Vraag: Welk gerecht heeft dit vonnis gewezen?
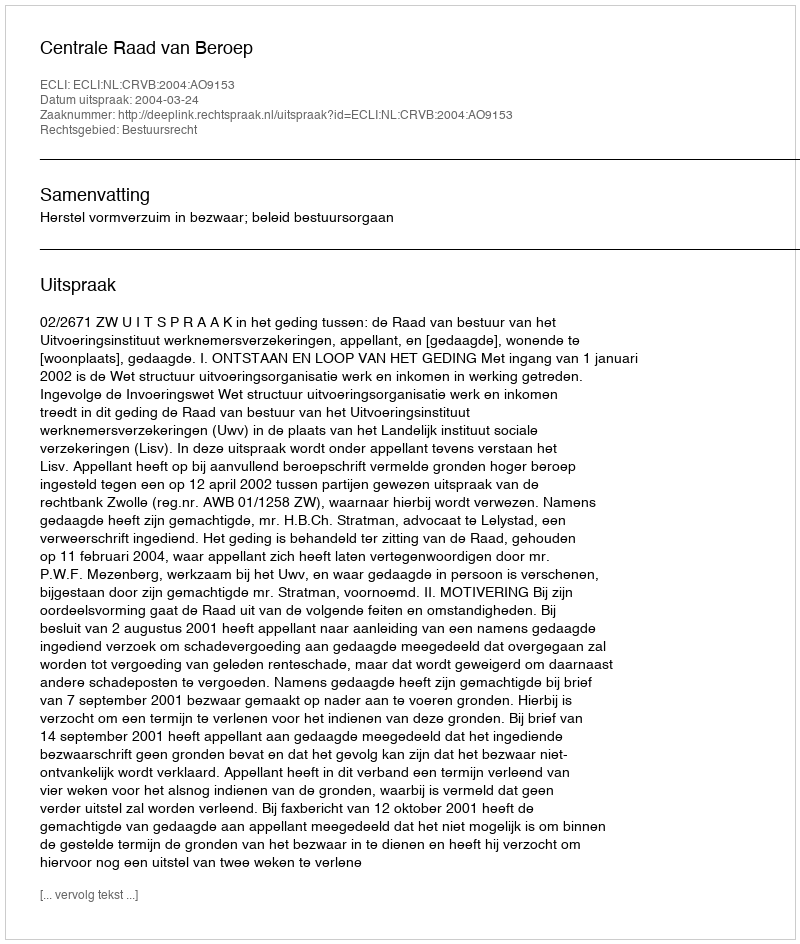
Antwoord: Centrale Raad van Beroep